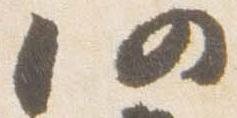
仍